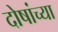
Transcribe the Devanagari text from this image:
दोषांच्या